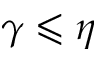
\gamma \leqslant \eta